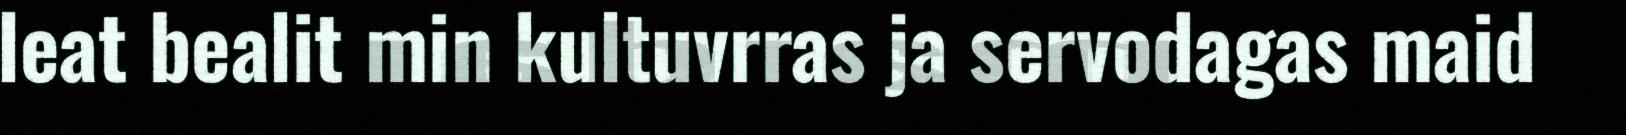
leat bealit min kultuvrras ja servodagas maid